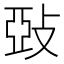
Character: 𱡙